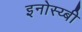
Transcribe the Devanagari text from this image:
इनोस्य्बी